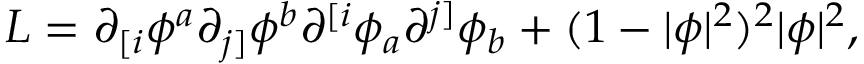
{ \cal L } = \partial _ { [ i } { \phi ^ { a } } \partial _ { j ] } { \phi ^ { b } } \partial ^ { [ i } { \phi _ { a } } \partial ^ { j ] } { \phi _ { b } } + ( 1 - | \phi | ^ { 2 } ) ^ { 2 } | \phi | ^ { 2 } ,